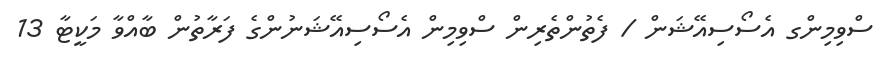
ސްވިމިންގ އެސޯސިއޭޝަން / ފެތުންތެރިން ސްވިމިން އެސޯސިއޭޝަނުންގެ ފަރާތުން ބާއްވާ މަކީޓާ 13